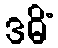
ဒဓိံ